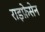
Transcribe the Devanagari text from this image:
राइफ़ेसेन